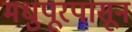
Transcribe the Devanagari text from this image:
मधुपूरपासून